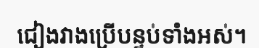
ជៀងវាងប្រើបន្ទប់ទាំងអស់។